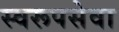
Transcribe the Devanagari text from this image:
स्वरूपसेवा